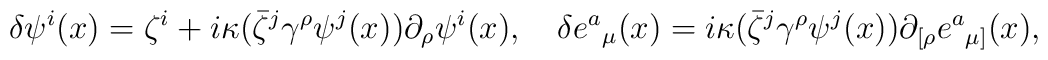
\delta \psi^{i}(x) = \zeta^{i} + i \kappa (\bar{\zeta}^{j}{\gamma}^{\rho}\psi^{j}(x)) \partial_{\rho}\psi^{i}(x),\quad\delta {e^{a}}_{\mu}(x) = i \kappa (\bar{\zeta}^{j}{\gamma}^{\rho}\psi^{j}(x))\partial_{[\rho} {e^{a}}_{\mu]}(x),